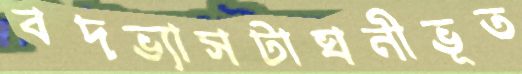
বদভ্যাসটাঘনীভূত